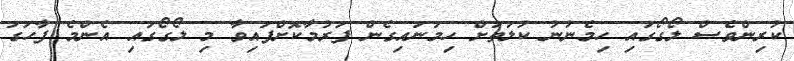
ކުރިންވެސް ލޯގޯގައި ހިމެނުނު ކުލަތަށް ހިމަނައިގެން ފަރުމާކޮށްފައިވާ މި ލޯގޯގައި އެންމެ ފާހަގަ